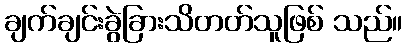
ချက်ချင်းခွဲခြားသိတတ်သူဖြစ် သည်။